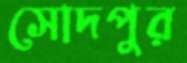
সোদপুর